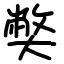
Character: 𡚁